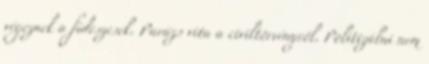
végeznek a fideszesek. Parázs vita a civiltörvényről. Politizálni nem